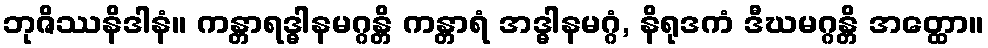
ဘုဇိဿနိဒါနံ။ ကန္တာရဒ္ဓါနမဂ္ဂန္တိ ကန္တာရံ အဒ္ဓါနမဂ္ဂံ, နိရုဒကံ ဒီဃမဂ္ဂန္တိ အတ္ထော။